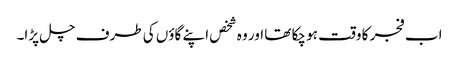
اب فجر کا وقت ہو چکا تھا اور وہ شخص اپنے گاؤں کی طرف چل پڑا۔